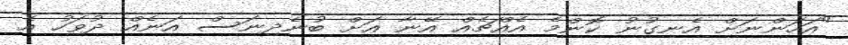
"އަހަންނަށް އެނގުނު ކޮންމެ އެއްޗެއް އޭނާ އަށް ބުނެދިނަސް އަނެއް ދުވަހު އެ